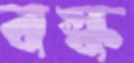
বস্ক